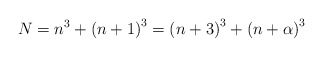
\begin{align*}N=n^{3}+\left(n+1\right)^{3}=\left(n+3\right)^{3}+\left(n+\alpha\right)^{3}\end{align*}